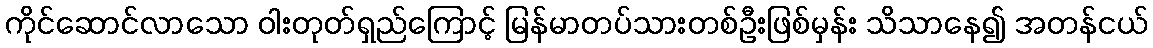
ကိုင်ဆောင်လာသော ဝါးတုတ်ရှည်ကြောင့် မြန်မာတပ်သားတစ်ဦးဖြစ်မှန်း သိသာနေ၍ အတန်ငယ်